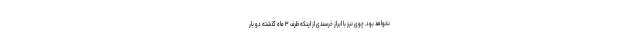
نخواهد بود. چوی نیز با ابراز خرسندی از اینکه ظرف ۳ ماه گذشته دو بار